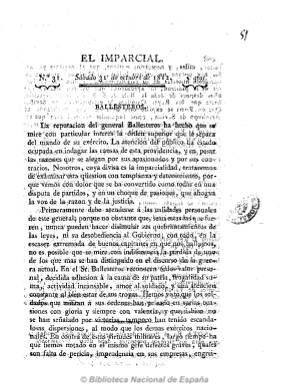
Título: El Imparcial (Cádiz)
Colección: Periódicos anteriores a 1850
Ámbito geográfico: Cádiz
Lugar de publicación: Cádiz
Fechas: 31/10/1812-31/10/1812

Primer proyecto periodístico de un entonces joven Antonio Alcalá Galiano, a quien le acompaña en la redacción Santiago Jonama, siendo más un periódico de opinión que de información. Con una tendencia liberal moderada, quiso mantenerse al margen del enfrentamiento y la polémica entre liberales y serviles, lo que quizá determinó el escaso éxito de este diario, que duró sólo el mes de octubre de 1812, editando un total de 31 números, de cuatro páginas, impreso por Figueroa. Se dice que fue inspirado por el entonces ministro José García León y Pizarro, siendo utilizado para atacar a sus competidores políticos en torno a Agustín Argüelles, por lo que fue definido como “ministerial”, concepto periodístico este que aparece durante el periodo doceañista. Llegó a polemizar con El redactor general y criticó al Consejo de Regencia o a líderes militares, como el general Ballesteros. El propio Alcalá Galiano señala que tras su pronta desaparición le sucedería El tribuno del pueblo español, en noviembre de 1812.